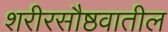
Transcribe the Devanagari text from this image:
शरीरसौष्ठवातील